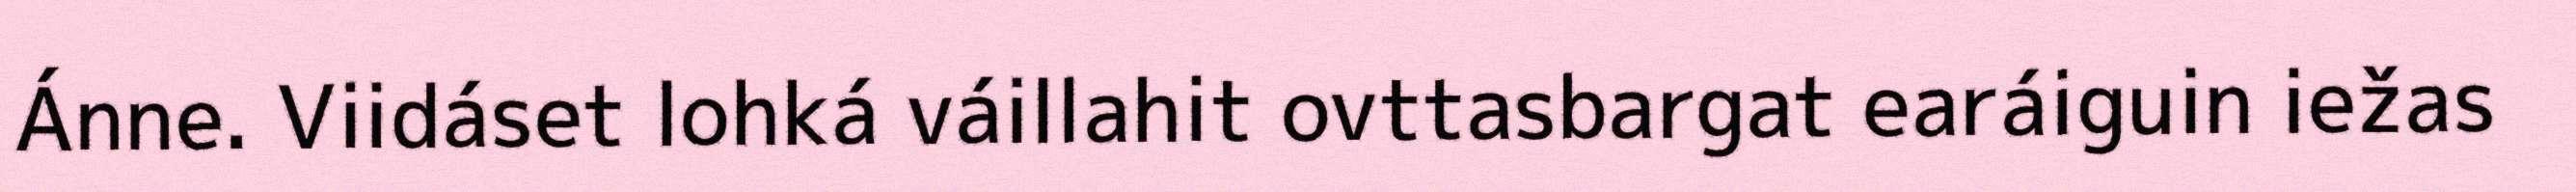
Ánne. Viidáset lohká váillahit ovttasbargat earáiguin iežas